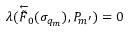
\lambda ( \overleftarrow { \tilde { F } } _ { 0 } ( \sigma _ { q _ { m } } ) , P _ { m ^ { \prime } } ) = 0